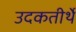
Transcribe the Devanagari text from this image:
उदकतीर्थे